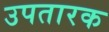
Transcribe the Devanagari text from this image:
उपतारक